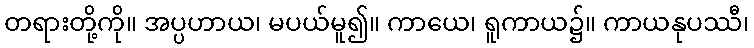
တရားတို့ကို။ အပ္ပဟာယ၊ မပယ်မူ၍။ ကာယေ၊ ရူကာယ၌။ ကာယနုပဿီ၊